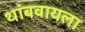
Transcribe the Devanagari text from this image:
थांबवायला